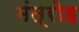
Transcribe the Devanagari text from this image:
मंत्रोह